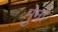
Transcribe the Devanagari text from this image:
मुन्रो